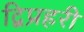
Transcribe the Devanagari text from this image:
द्विप्रहरी